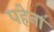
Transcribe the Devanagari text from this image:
पहेना